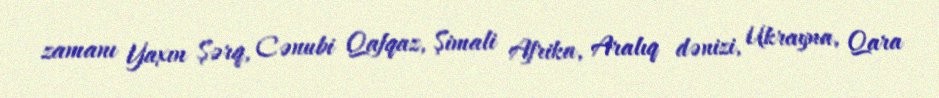
zamanı Yaxın Şərq, Cənubi Qafqaz, Şimali Afrika, Aralıq dənizi, Ukrayna, Qara